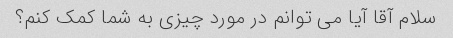
سلام آقا آیا می توانم در مورد چیزی به شما کمک کنم؟